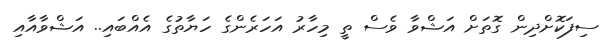
ސިފަކޮށްދިން ގޮތަށް އަޝްވާ ވެސް ތީ މިހާރު އަހަރެންގެ ހަޔާތުގެ އެއްބައި.. އަޝްވާއާއި